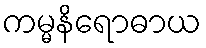
ကမ္မနိရောဓာယ